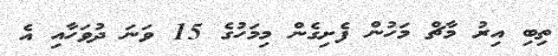
ތިބި އިރު މާޗް މަހުން ފެށިގެން މިމަހުގެ 15 ވަނަ ދުވަހާއި އެ